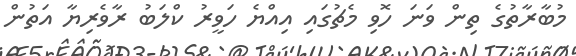
މުބާރާތުގެ ތިން ވަނަ ހޮވި މެޗުގައި އިއްޔެ ހަވީރު ކްލަބު ރާވެރިޔާ އަތުން